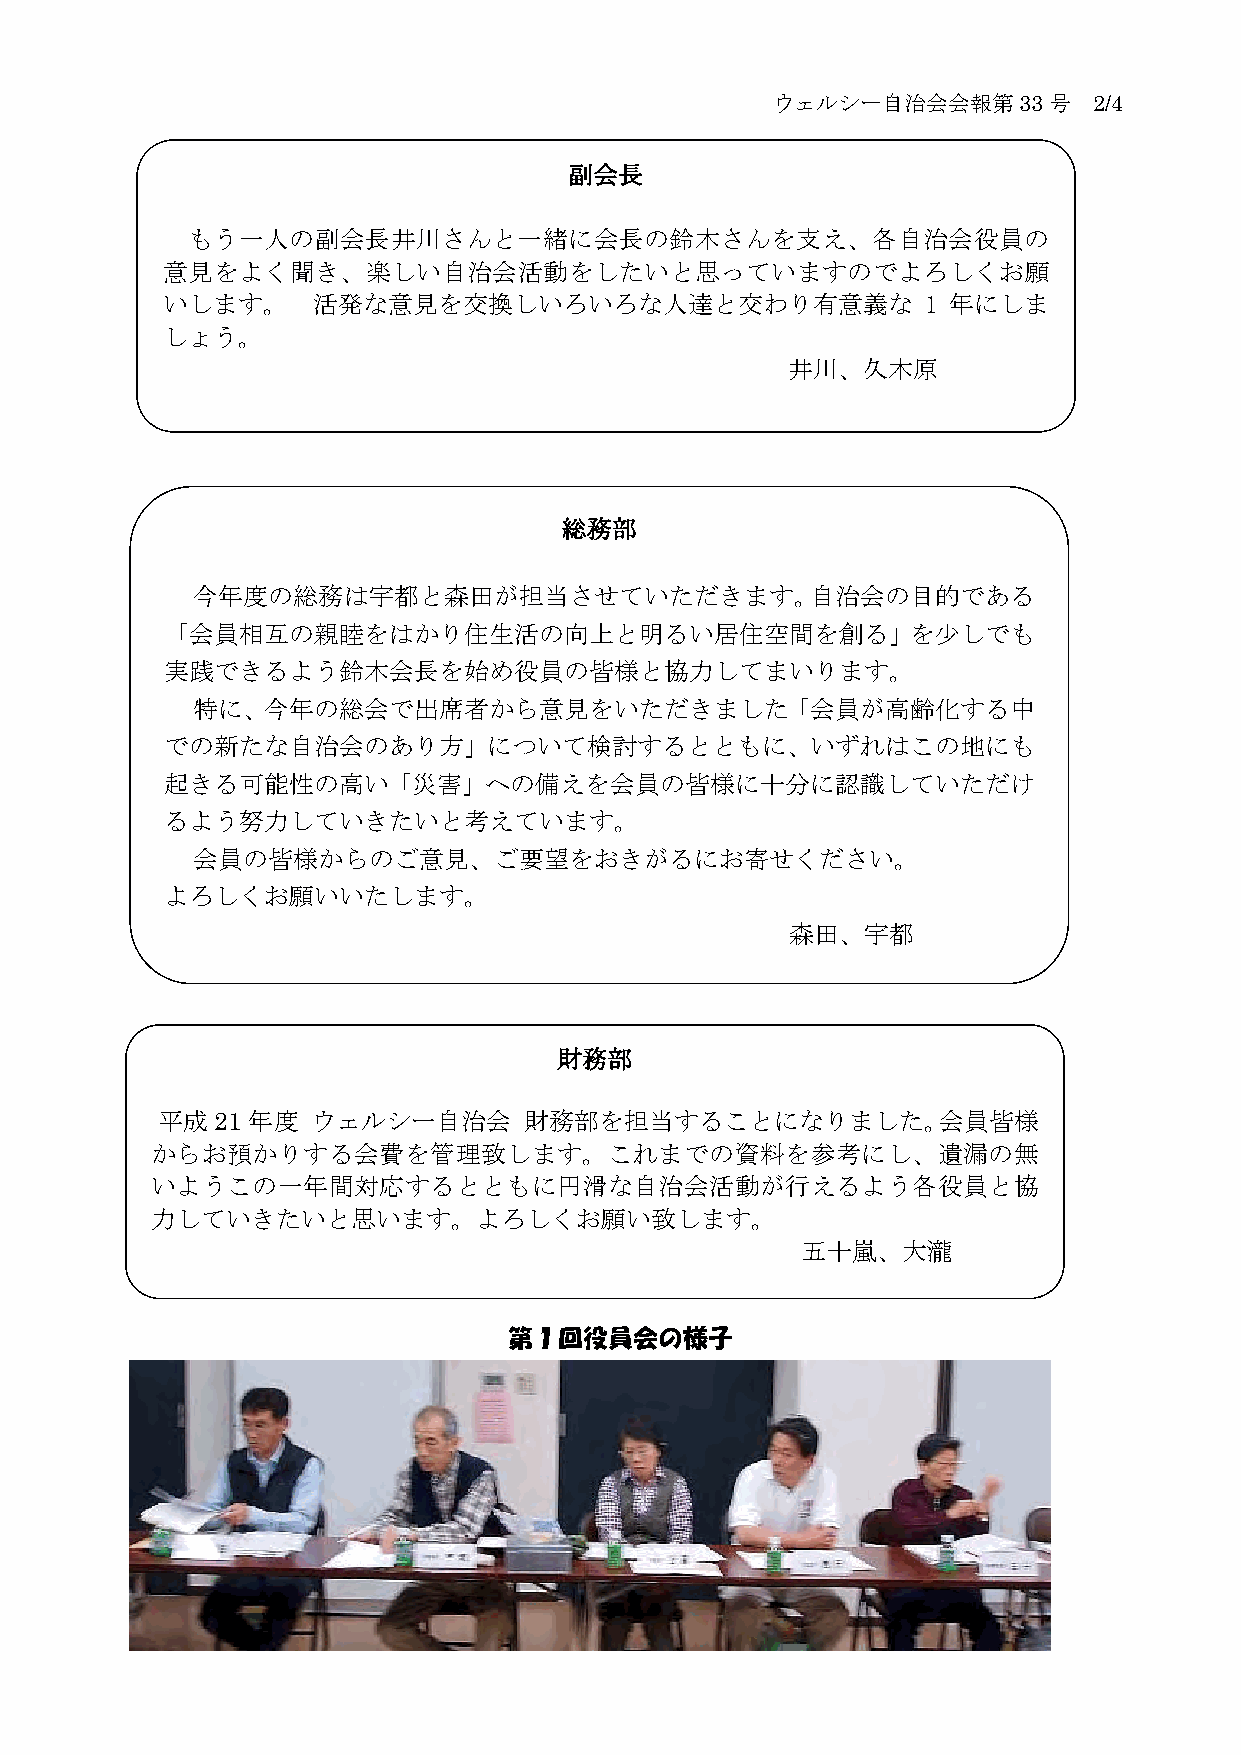
ウェルシー自治会会報第33号       2/4
 副会長
 もう一人の副会長井川さんと一緒に会長の鈴木さんを支え、各自治会役員の
 意見をよく聞き、楽しい自治会活動をしたいと思っていますのでよろしくお願
 いします。     活発な意見を交換しいろいろな人達と交わり有意義な                1 年にしま
 しょう。
 井川、久木原
 総務部
 今年度の総務は宇都と森田が担当させていただきます。自治会の目的である
 「会員相互の親睦をはかり住生活の向上と明るい居住空間を創る」を少しでも
 実践できるよう鈴木会長を始め役員の皆様と協力してまいります。
 特に、今年の総会で出席者から意見をいただきました「会員が高齢化する中
 での新たな自治会のあり方」について検討するとともに、いずれはこの地にも
 起きる可能性の高い「災害」への備えを会員の皆様に十分に認識していただけ
 るよう努力していきたいと考えています。
 会員の皆様からのご意見、ご要望をおきがるにお寄せください。
 よろしくお願いいたします。
 森田、宇都
 財務部
 平成21年度     ウェルシー自治会      財務部を担当することになりました。会員皆様
 からお預かりする会費を管理致します。これまでの資料を参考にし、遺漏の無
 いようこの一年間対応するとともに円滑な自治会活動が行えるよう各役員と協
 力していきたいと思います。よろしくお願い致します。
 五十嵐、大瀧
 第１回役員会の様子